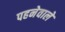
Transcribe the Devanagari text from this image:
पहनेवाले